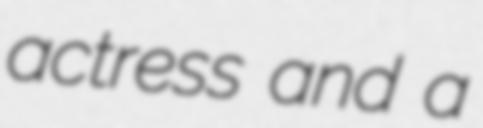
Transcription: actress and a